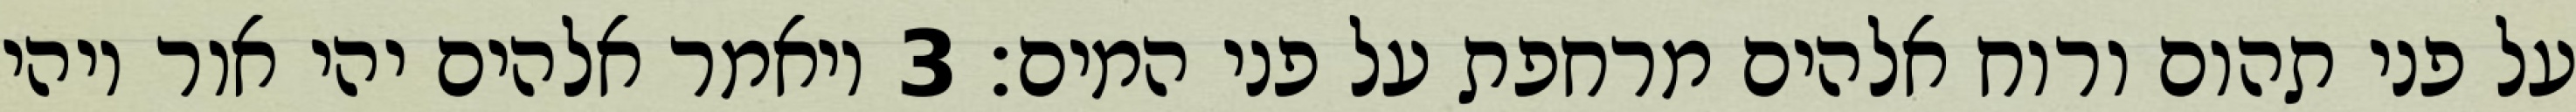
על פני תהום ורוח אלהים מרחפת על פני המים׃ ‎3‏ ויאמר אלהים יהי אור ויהי